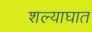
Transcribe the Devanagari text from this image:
शल्याघात